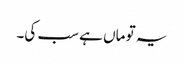
یہ تو ماں ہے سب کی۔